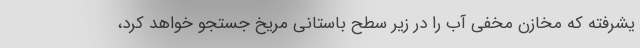
یشرفته که مخازن مخفی آب را در زیر سطح باستانی مریخ جستجو خواهد کرد،